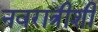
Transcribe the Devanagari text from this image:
नवरात्रीशी